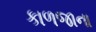
કાળજાના